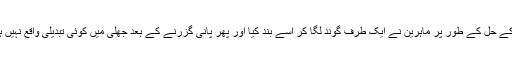
اس کے حل کے طور پر ماہرین نے ایک طرف گوند لگا کر اسے بند کیا اور پھر پانی گزرنے کے بعد جھلی میں کوئی تبدیلی واقع نہیں ہوئی۔